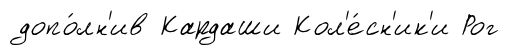
допо́лн'ив Кардаши Кол'е́сн'ик'и Рог